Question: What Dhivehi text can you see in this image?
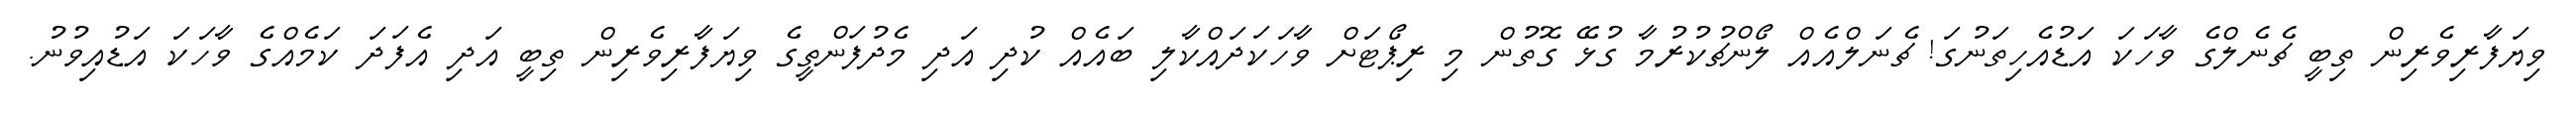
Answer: ވިޔަފާރިވެރިން ތިބީ ޗެނެލްގެ ވާހަކަ އަޑުއެހިތަނުގަ! ޗެނަލްއެއް ލޯންޗުކުރުމާ ގުޅޭ ގޮތުން މި ރިޕޯޓަށް ވާހަކަދައްކާލި ބައެއް ކުދި އަދި މެދުފަންތީގެ ވިޔަފާރިވެރިން ތިބީ އަދި އެފަދަ ކަމެއްގެ ވާހަކަ އަޑުއިވުނު.